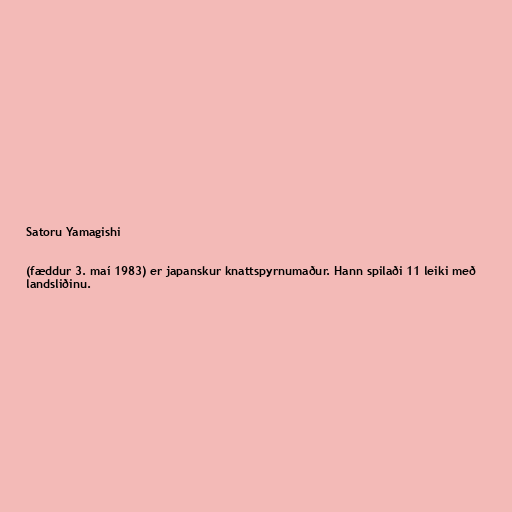
Satoru Yamagishi

(fæddur 3. maí 1983) er japanskur knattspyrnumaður. Hann spilaði 11 leiki með
landsliðinu.